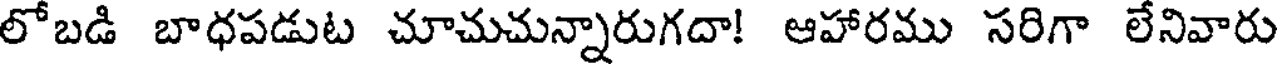
లోబడి బాధపడుట చూచుచున్నారుగదా! ఆహారము సరిగా లేనివారు